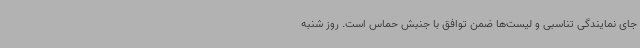
جای نمایندگی تناسبی و لیست‌ها ضمن توافق با جنبش حماس است. روز شنبه